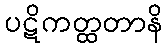
ပဋိကတ္ထတာနိ